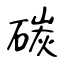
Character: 碳